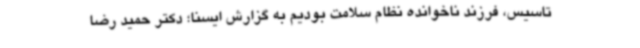
تاسیس، فرزند ناخوانده نظام سلامت بودیم به گزارش ایسنا؛ دکتر حمید رضا